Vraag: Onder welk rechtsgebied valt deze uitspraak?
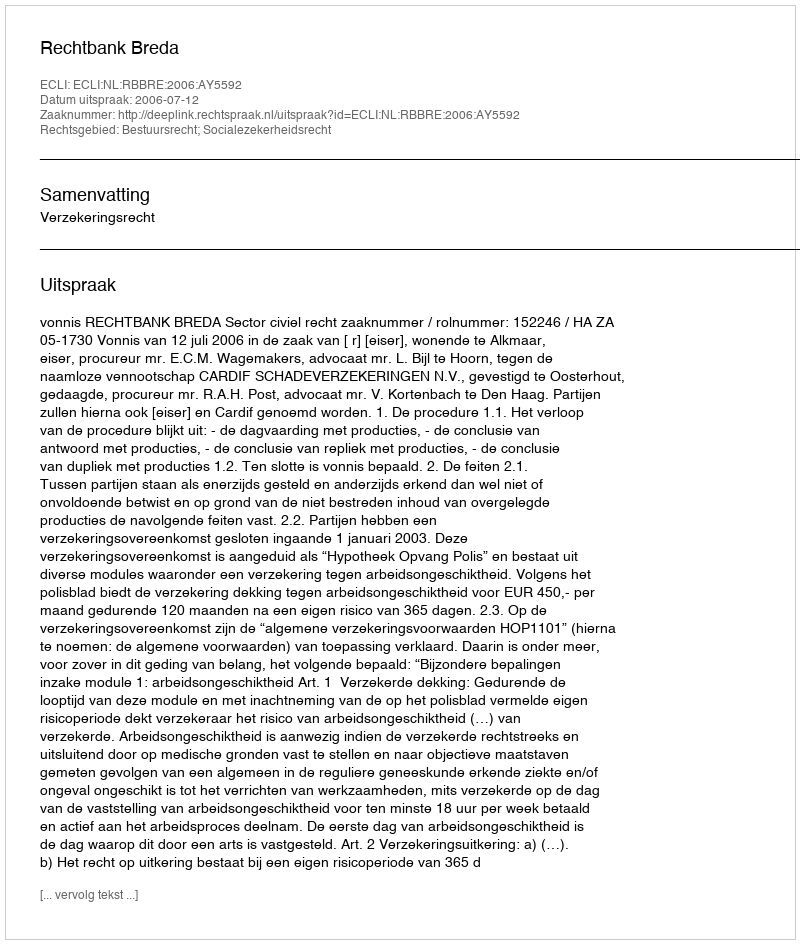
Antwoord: Bestuursrecht; Socialezekerheidsrecht